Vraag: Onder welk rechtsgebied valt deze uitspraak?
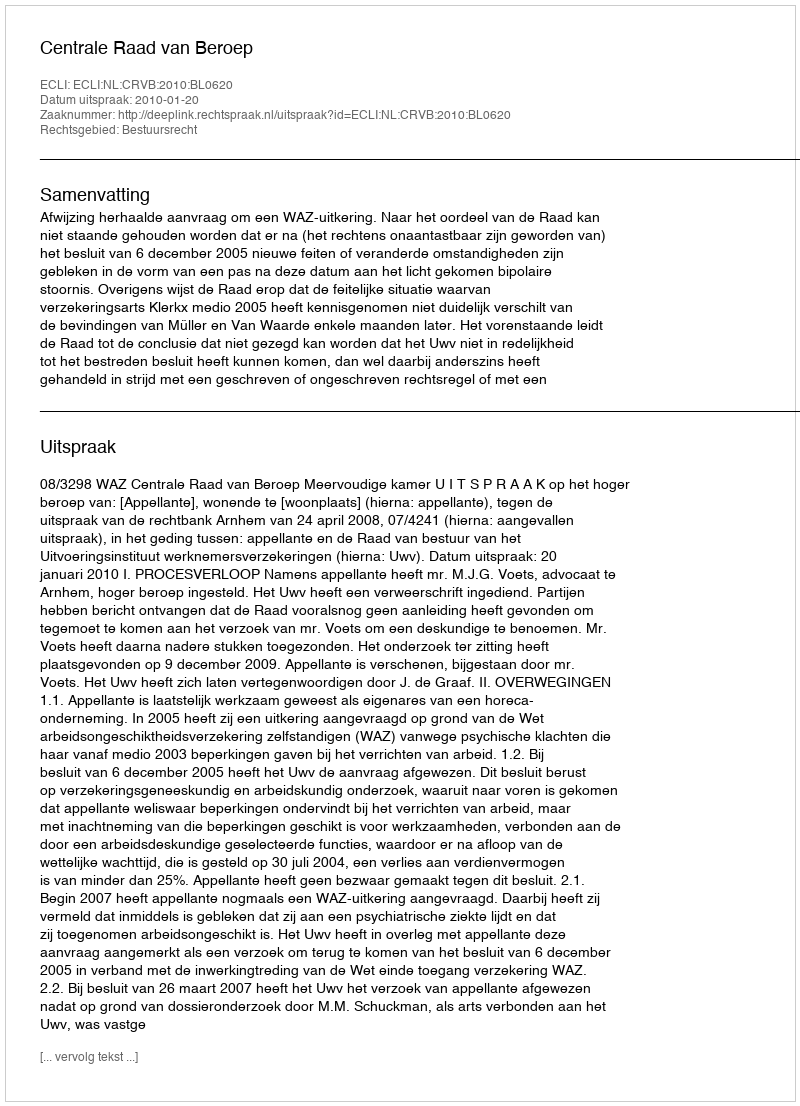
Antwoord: Bestuursrecht